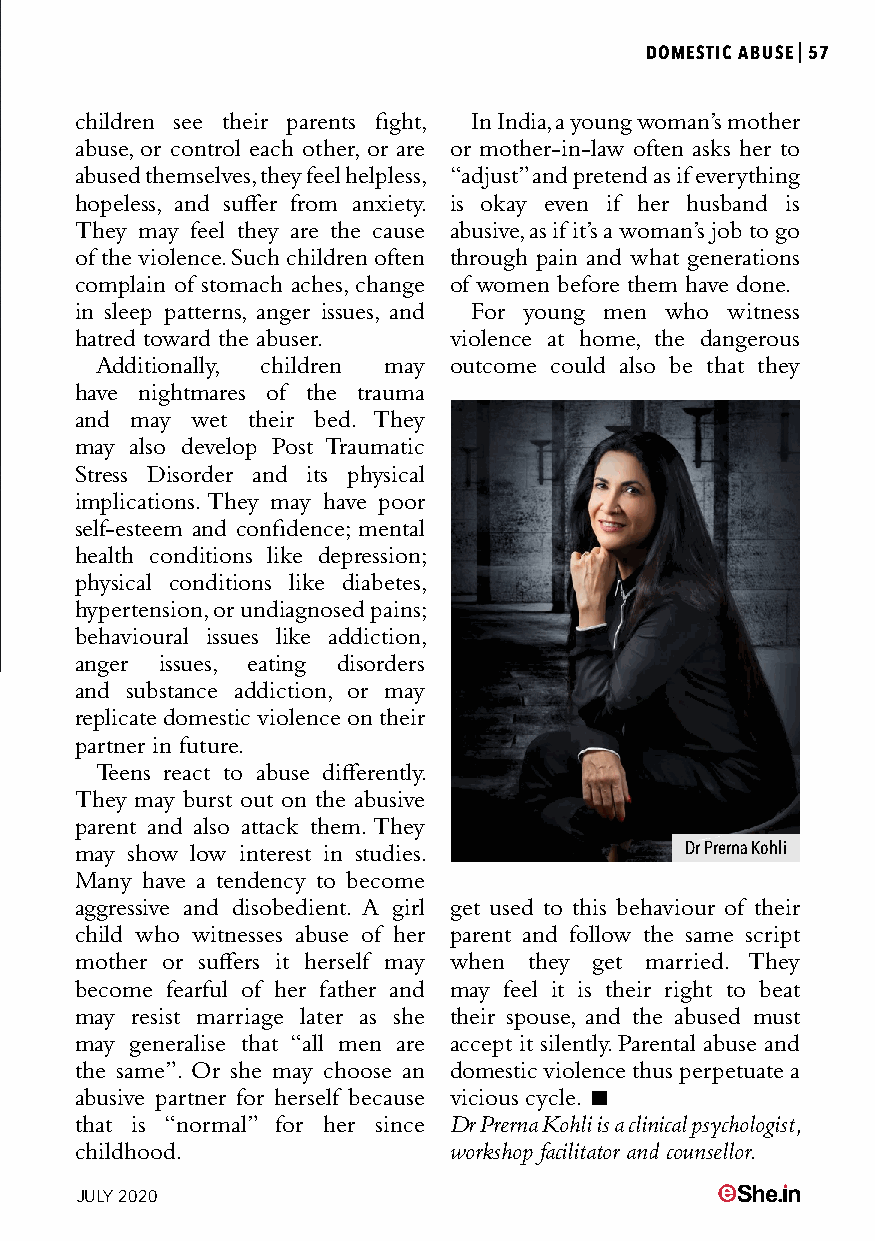
DOMESTIC ABUSE|57
 children see their parents fight, In India, a young woman’s mother
 abuse, or control each other, or are or mother-in-law often asks her to
 abused themselves, they feel helpless, “adjust” and pretend as if everything
 hopeless, and suffer from anxiety. is okay even if her husband is
 They may feel they are the cause abusive, as if it’s a woman’s job to go
 of the violence. Such children often through pain and what generations
 complain of stomach aches, change of women before them have done.
 in sleep patterns, anger issues, and For young men who witness
 hatred toward the abuser. violence at home, the dangerous
 Additionally, children may outcome could also be that they
 have nightmares of the trauma
 and may wet their bed. They
 may also develop Post Traumatic
 Stress Disorder and its physical
 implications. They may have poor
 self-esteem and confidence; mental
 health conditions like depression;
 physical conditions like diabetes,
 hypertension, or undiagnosed pains;
 behavioural issues like addiction,
 anger issues, eating disorders
 and substance addiction, or may
 replicate domestic violence on their
 partner in future.
 Teens react to abuse differently.
 They may burst out on the abusive
 parent and also attack them. They
 may show low interest in studies.       Dr Prerna Kohli
 Many have a tendency to become
 aggressive and disobedient. A girl get used to this behaviour of their
 child who witnesses abuse of her parent and follow the same script
 mother or suffers it herself may when they get married. They
 become fearful of her father and may feel it is their right to beat
 may resist marriage later as she their spouse, and the abused must
 may generalise that “all men are accept it silently. Parental abuse and
 the same”. Or she may choose an domestic violence thus perpetuate a
 abusive partner for herself because vicious cycle. 
 that is “normal” for her since Dr Prerna Kohli is a clinical psychologist,
 childhood.               workshop facilitator and counsellor.
 JULY 2020